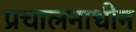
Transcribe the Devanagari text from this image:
प्रचालनाधीन